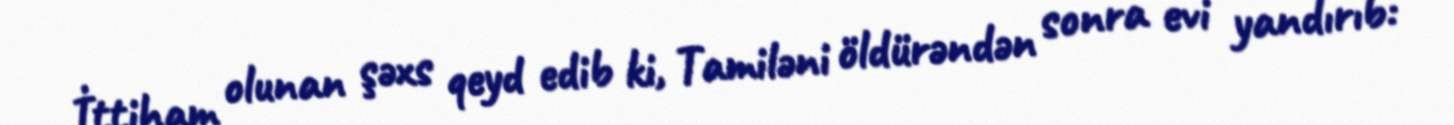
İttiham olunan şəxs qeyd edib ki, Tamiləni öldürəndən sonra evi yandırıb: